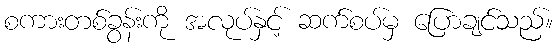
စကားတစ်ခွန်းကို အလုပ်နှင့် ဆက်စပ်မှ ပြောချင်သည်။